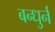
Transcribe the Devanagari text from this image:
बन्धुर्न